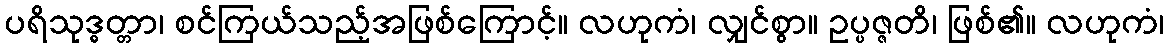
ပရိသုဒ္ဓတ္တာ၊ စင်ကြယ်သည့်အဖြစ်ကြောင့်။ လဟုကံ၊ လျှင်စွာ။ ဥပ္ပဇ္ဇတိ၊ ဖြစ်၏။ လဟုကံ၊